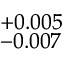
^ { + 0 . 0 0 5 } _ { - 0 . 0 0 7 }